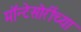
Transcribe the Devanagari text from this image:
मॉन्टेसोरींच्या